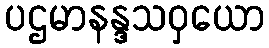
ပဌမာနန္ဒသဝှယော